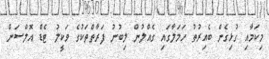
މިކަމާއި ގުޅިގެން ބެއިރުތު ހަމަލާގައި ގެއްލުން ލިބުނު ފަރާތްތަކުގެ ވަކީލު ޓެޑް އޮލްސަން